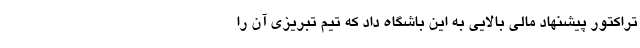
تراکتور پیشنهاد مالی بالایی به این باشگاه داد که تیم تبریزی آن را